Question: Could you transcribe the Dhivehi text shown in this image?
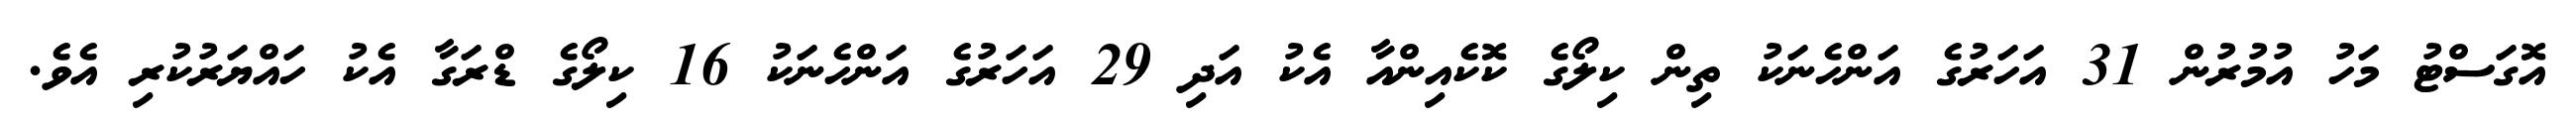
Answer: އޮގަސްޓު މަހު އުމުރުން 31 އަހަރުގެ އަންހެނަކު ތިން ކިލޯގެ ކޮކެއިންއާ އެކު އަދި 29 އަހަރުގެ އަންހެނަކު 16 ކިލޯގެ ޑްރަގާ އެކު ހައްޔަރުކުރި އެވެ.